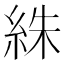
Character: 絑